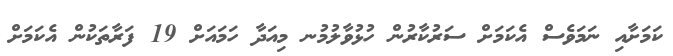
ކަމަށާއި ނަމަވެސް އެކަމަށް ސަރުކާރުން ހުޅުވާލުމުނ މިއަދާ ހަމައަށް 19 ފަރާތަކުން އެކަމަށް